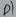
Text: P1